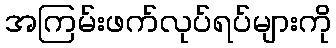
အကြမ်းဖက်လုပ်ရပ်များကို